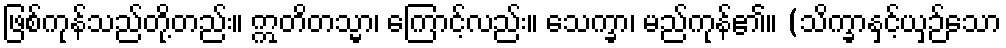
ဖြစ်ကုန်သည်တို့တည်း။ ဣတိတသ္မာ၊ ကြောင့်လည်း။ သေက္ခာ၊ မည်ကုန်၏။ (သိက္ခာနှင့်ယှဉ်သော